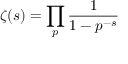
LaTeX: \zeta ( s ) = \prod _ { p } { \frac { 1 } { 1 - p ^ { - s } } }